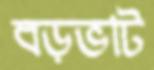
বড়ভাট